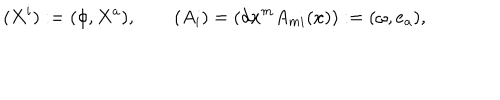
LaTeX: ( X ^ { i } ) : = ( \phi , X ^ { a } ) , \qquad ( A _ { i } ) = ( d x ^ { m } A _ { m i } ( x ) ) : = ( \omega , e _ { a } ) ,